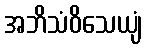
အဘိသံဝိသေယျံ